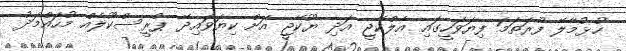
ހުޅުމާލޭ ފުރަތަމަ ފިޔަވަހީގައި އެލްކޭޖީ އަދި ޔޫކޭޖީ އަށް ކިޔަވައިދޭ ޕްރީސްކޫލެއް މުހައްމަދު